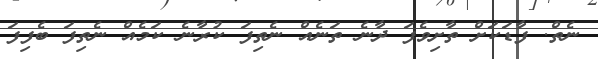
ނެތް. ފާޑަކަށް ތާށިވެފަ ދާނެ ތަނެއް ނެތިފަ ކުރާނެ ކަމެއް ނެތިފަ ބެފިފަ